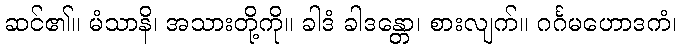
ဆင်၏။ မံသာနိ၊ အသားတို့ကို။ ခါဒံ ခါဒန္တော၊ စားလျက်။ ဂင်္ဂမဟောဒကံ၊